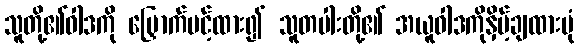
သူတို့၏ဝါဒကို မြှောက်ပင့်ထား၍ သူတပါးတို့၏ အယူဝါဒကိုနှိမ့်ချထားပုံ